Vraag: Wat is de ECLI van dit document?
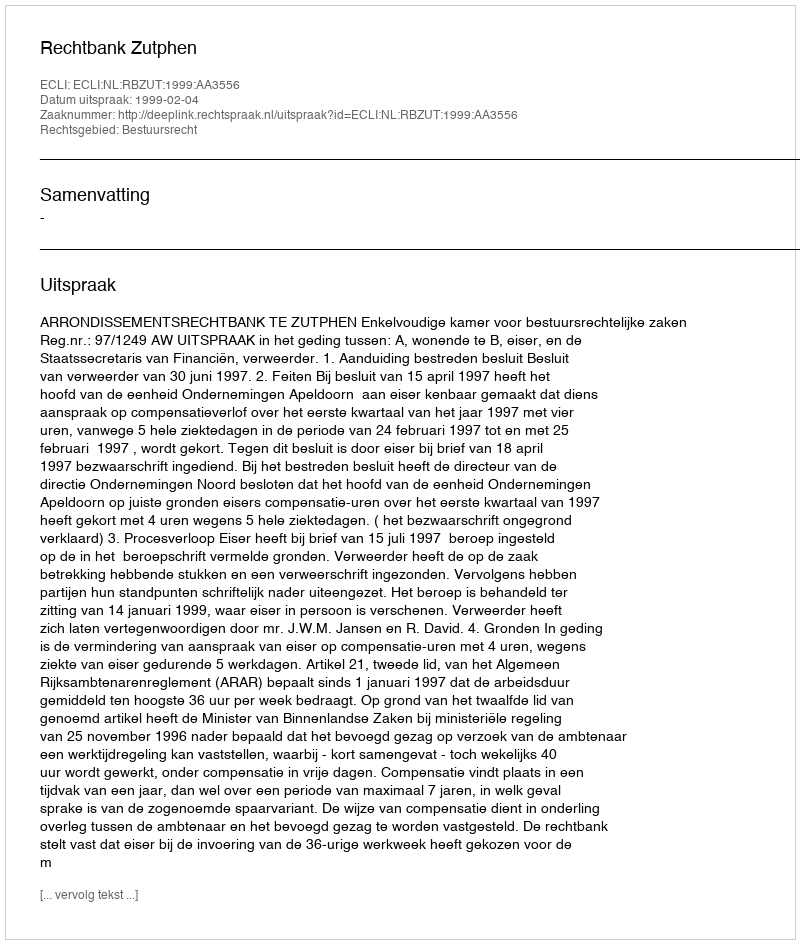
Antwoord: ECLI:NL:RBZUT:1999:AA3556